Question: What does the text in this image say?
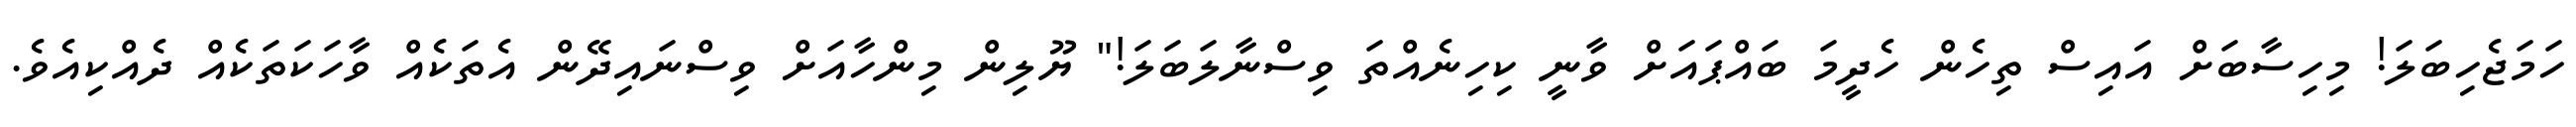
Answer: ހަމަޖެހިބަލަ! މިހިސާބަށް އައިސް ތިހެން ހެދީމަ ބައްޕައަށް ވާނީ ކިހިނެއްތަ ވިސްނާލަބަލަ!" ޔޫލިން މިންހާއަށް ވިސްނައިދޭން އެތަކެއް ވާހަކަތަކެއް ދެއްކިއެވެ.